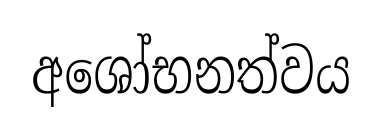
අශෝභනත්වය